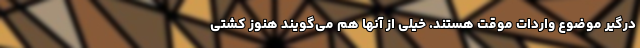
درگیر موضوع واردات موقت هستند. خیلی از آنها هم می‌گویند هنوز کشتی